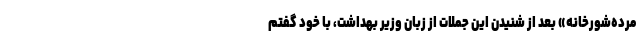
مرده‌شورخانه» بعد از شنیدن این جملات از زبان وزیر بهداشت، با خود گفتم